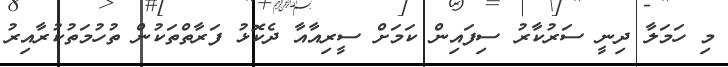
މި ހަމަލާ ދިނީ ސަރުކާރު ސިފައިން ކަމަށް ސީރިއާއާ ދެކޮޅު ފަރާތްތަކުން ތުހުމަތުކުރާއިރު